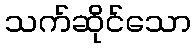
သက်ဆိုင်သော